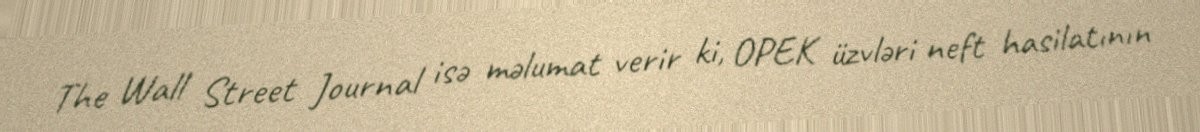
The Wall Street Journal isə məlumat verir ki, OPEK üzvləri neft hasilatının